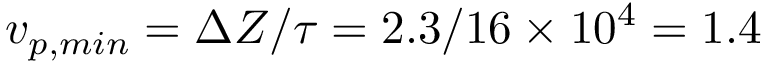
v _ { p , m i n } = \Delta Z / \tau = 2 . 3 / 1 6 \times 1 0 ^ { 4 } = 1 . 4